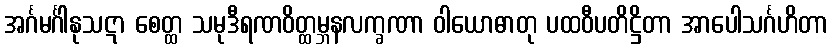
အင်္ဂမင်္ဂါနုသဋာ စေတ္ထ သမုဒီရဏဝိတ္ထမ္ဘနလက္ခဏာ ဝါယောဓာတု ပထဝီပတိဋ္ဌိတာ အာပေါသင်္ဂဟိတာ